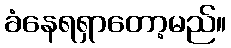
ခံနေရရှာတော့မည်။